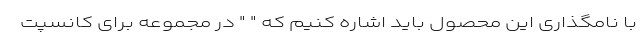
با نامگذاری این محصول باید اشاره کنیم که " " در مجموعه برای کانسپت